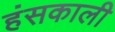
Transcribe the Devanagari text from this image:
हंसकाली